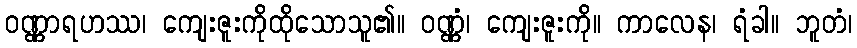
ဝဏ္ဏာရဟဿ၊ ကျေးဇူးကိုထိုသောသူ၏။ ဝဏ္ဏံ၊ ကျေးဇူးကို။ ကာလေန၊ ရံခါ။ ဘူတံ၊